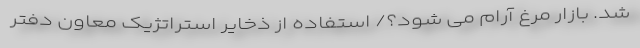
شد. بازار مرغ آرام می شود؟/ استفاده از ذخایر استراتژیک معاون دفتر